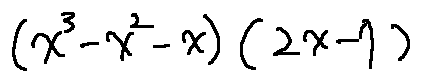
( x ^ { 3 } - x ^ { 2 } - x ) ( 2 x - 7 )